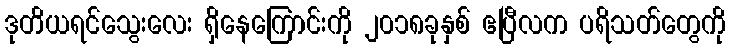
ဒုတိယရင်သွေးလေး ရှိနေကြောင်းကို ၂၀၁၈ခုနှစ် ဧပြီလက ပရိသတ်တွေကို